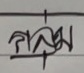
กลุ่ม